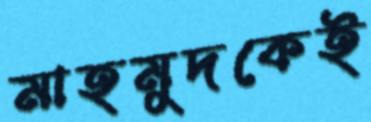
মাহমুদকেই